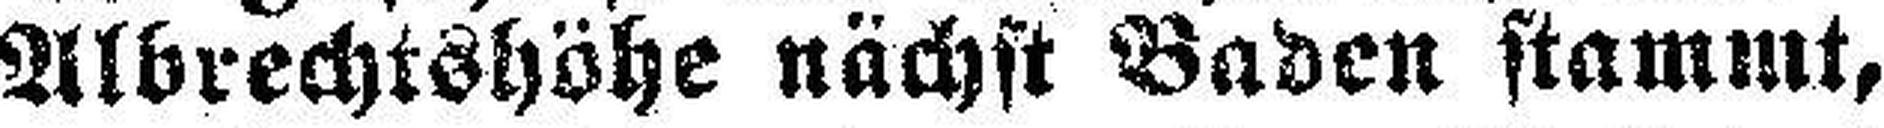
Albrechtshöhe nächst Baden stammt,